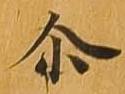
尓